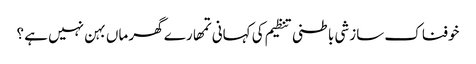
خوفناک سازشی باطنی تنظیم کی کہانی	تمھارے گھر ماں بہن نہیں ہے ؟